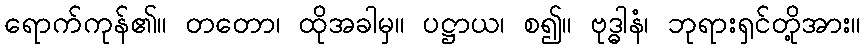
ရောက်ကုန်၏။ တတော၊ ထိုအခါမှ။ ပဋ္ဌာယ၊ စ၍။ ဗုဒ္ဓါနံ၊ ဘုရားရှင်တို့အား။